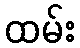
ထမ်း